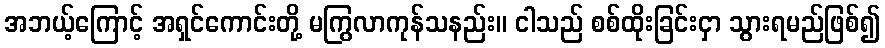
အဘယ့်ကြောင့် အရှင်ကောင်းတို့ မကြွလာကုန်သနည်း။ ငါသည် စစ်ထိုးခြင်းငှာ သွားရမည်ဖြစ်၍